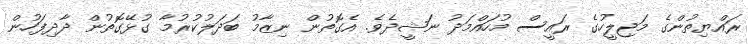
ރައްޔިތުންގެ މަޖިލީހުގެ ރައީސް މުހައްމަދު ނަޝީދެވެ. އެގޮތުން ނިޒާމު ބަދަލުކުރުމާ ގުޅޭގޮތުން ދާދިފަހުން